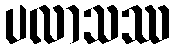
ပလာသဿ